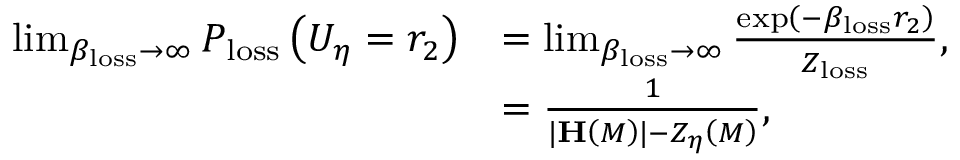
\begin{array} { r l } { \operatorname* { l i m } _ { \beta _ { \mathrm { l o s s } } \rightarrow \infty } P _ { \mathrm { l o s s } } \left( U _ { \eta } = r _ { 2 } \right) } & { = \operatorname* { l i m } _ { \beta _ { \mathrm { l o s s } } \rightarrow \infty } \frac { \exp \left( - \beta _ { \mathrm { l o s s } } r _ { 2 } \right) } { Z _ { \mathrm { l o s s } } } , } \\ & { = \frac { 1 } { \vert \mathbf { H } \left( M \right) \vert - Z _ { \eta } \left( M \right) } , } \end{array}